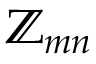
\mathbb { Z } _ { m n }